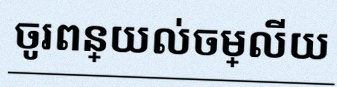
ចូរពន្យល់ចម្លើយ